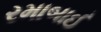
રમાબાઈ